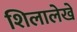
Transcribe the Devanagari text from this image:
शिलालेखे